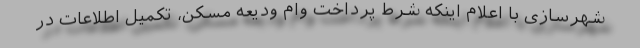
شهرسازی با اعلام اینکه شرط پرداخت وام ودیعه مسکن، تکمیل اطلاعات در